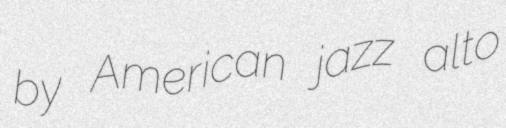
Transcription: by American jazz alto